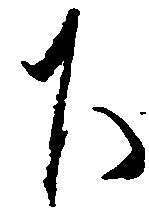
下